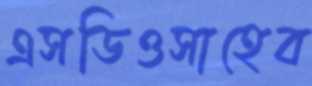
এসডিওসাহেব